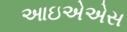
આઇએએસ